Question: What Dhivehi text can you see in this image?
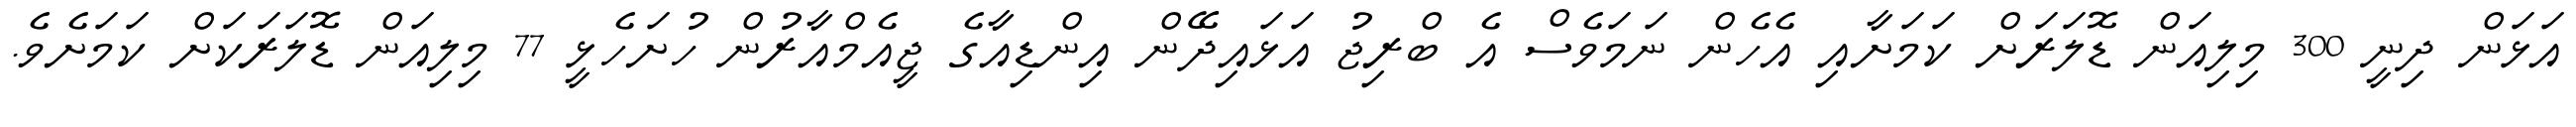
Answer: އަޅަން ދިނީ 300 މިލިއަން ޑޮލަރަށް ކަމަށާއި އެހެން ނަމަވެސް އެ ބްރިޖު އަޅައިދޭން އިންޑިއާގެ ޖީއެމްއާރުން ހުށަހެޅީ 77 މިލިއަން ޑޮލަރަކަށް ކަމަށެވެ.